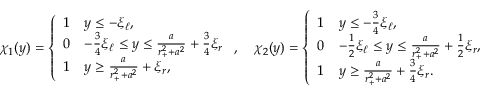
{ \chi } _ { 1 } ( y ) = \left\{ \begin{array} { l l } { 1 } & { y \leq - \xi _ { \ell } , } \\ { 0 } & { - \frac 3 4 \xi _ { \ell } \leq y \leq \frac { a } { r _ { + } ^ { 2 } + a ^ { 2 } } + \frac { 3 } { 4 } \xi _ { r } } \\ { 1 } & { y \geq \frac { a } { r _ { + } ^ { 2 } + a ^ { 2 } } + \xi _ { r } , } \end{array} \right. , \quad { \chi } _ { 2 } ( y ) = \left\{ \begin{array} { l l } { 1 } & { y \leq - \frac 3 4 \xi _ { \ell } , } \\ { 0 } & { - \frac 1 2 \xi _ { \ell } \leq y \leq \frac { a } { r _ { + } ^ { 2 } + a ^ { 2 } } + \frac { 1 } { 2 } \xi _ { r } , } \\ { 1 } & { y \geq \frac { a } { r _ { + } ^ { 2 } + a ^ { 2 } } + \frac { 3 } { 4 } \xi _ { r } . } \end{array} \right.